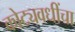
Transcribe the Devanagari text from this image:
कोट्यवधींचा